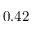
0 . 4 2